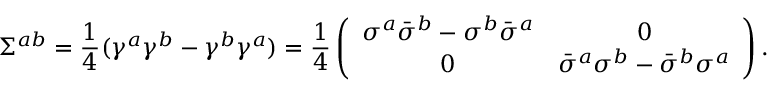
\Sigma ^ { a b } = \frac { 1 } { 4 } ( \gamma ^ { a } \gamma ^ { b } - \gamma ^ { b } \gamma ^ { a } ) = \frac { 1 } { 4 } \left( \begin{array} { c c } { { \sigma ^ { a } \bar { \sigma } ^ { b } - \sigma ^ { b } \bar { \sigma } ^ { a } } } & { { 0 } } \\ { { 0 } } & { { \bar { \sigma } ^ { a } \sigma ^ { b } - \bar { \sigma } ^ { b } \sigma ^ { a } } } \end{array} \right) .